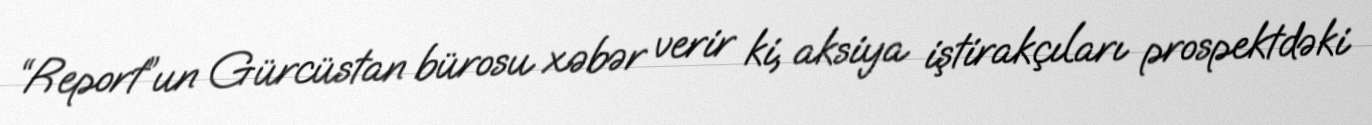
“Report”un Gürcüstan bürosu xəbər verir ki, aksiya iştirakçıları prospektdəki